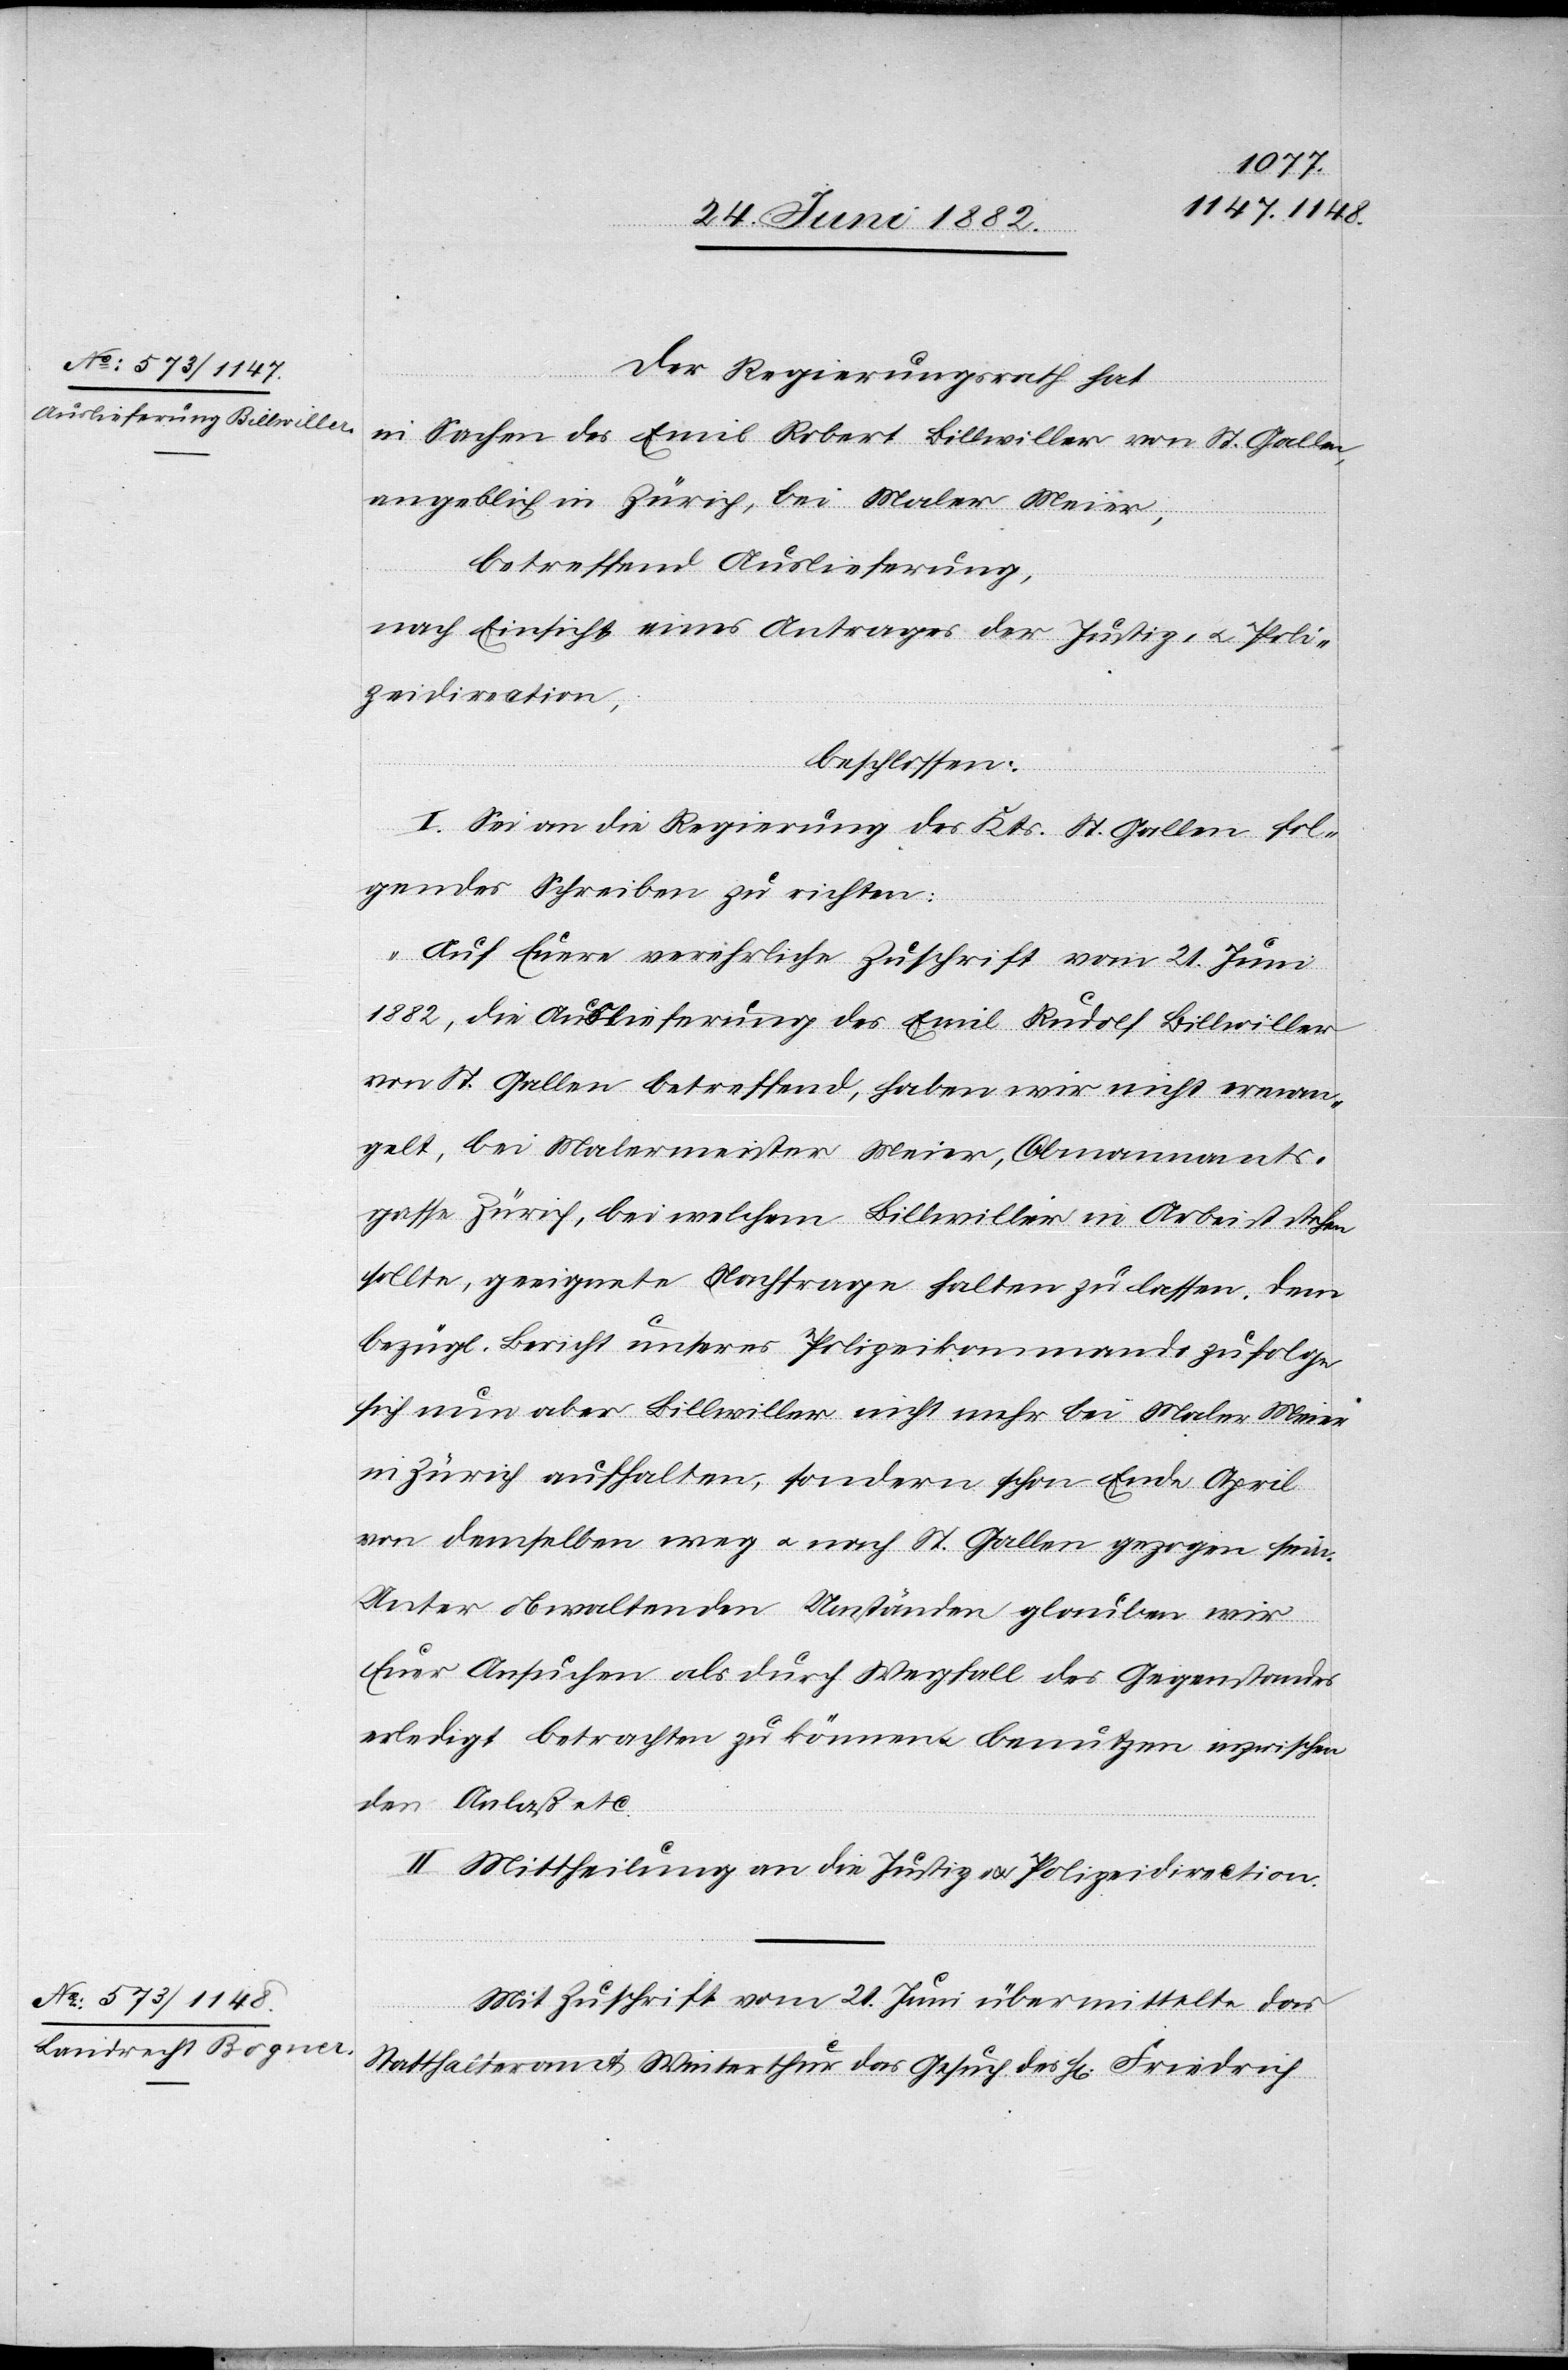
Der Regierungsrath hat
in Sachen des Emil Robert Billwiller von St. Gallen,
angeblich in Zürich, bei Maler Meier,
betreffend Auslieferung,
nach Einsicht eines Antrages der Justiz- u. Poli¬
zeidirection,
beschlossen:
I. Sei an die Regierung des Kts. St. Gallen fol¬
gendes Schreiben zu richten:
„Auf Euere verehrliche Zuschrift vom 21. Juni
1882, die Auslieferung des Emil Rudolf Billwiller
von St. Gallen betreffend, haben wir nicht erman¬
gelt, bei Malermeister Meier, Obmannamts¬
gasse Zürich, bei welchem Billwiller in Arbeit stehen
sollte, geeignete Nachfrage halten zu lassen. Dem
bezügl. Bericht unseres Polizeikommando zufolge
sich nun aber Billwiller nicht mehr bei Maler Meier
in Zürich aufhalten, sondern schon Ende April
von demselben weg u. nach St. Gallen gezogen sein.
Unter obwaltenden Umständen glauben wir
Euer Ansuchen als durch Wegfall des Gegenstandes
erledigt betrachten zu können u. benutzen wir inzwischen
den Anlaß etc.“
II. Mittheilung an die Justiz- u. Polizeidirection.
Mit Zuschrift vom 21. Juni übermittelte das
Statthalteramt Winterthur das Gesuch des H[rn]. Friedrich